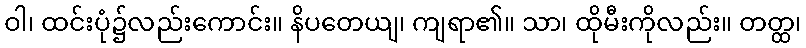
ဝါ၊ ထင်းပုံ၌လည်းကောင်း။ နိပတေယျ၊ ကျရာ၏။ သာ၊ ထိုမီးကိုလည်း။ တတ္ထ၊